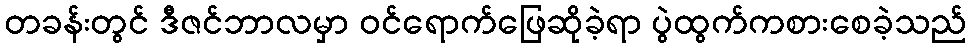
တခန်းတွင် ဒီဇင်ဘာလမှာ ဝင်ရောက်ဖြေဆိုခဲ့ရာ ပွဲထွက်ကစားစေခဲ့သည်